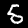
Digit: 5